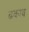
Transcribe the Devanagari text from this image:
ढकाव